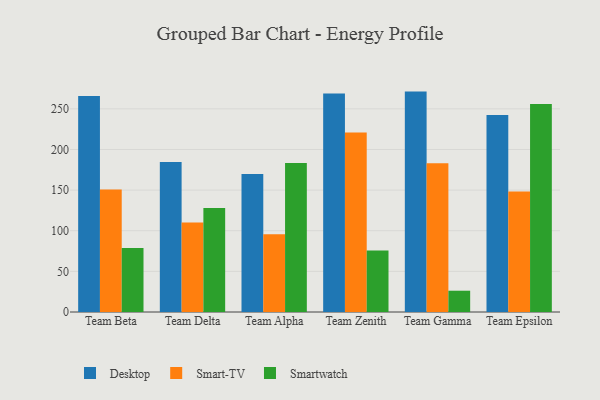
{"axis": {"x": "Team", "y": "Waste Production (Tons)"}, "legend": ["Desktop", "Smart-TV", "Smartwatch"], "data": [{"x": "Team Beta", "y": 265.8, "type": "Desktop"}, {"x": "Team Beta", "y": 150.6, "type": "Smart-TV"}, {"x": "Team Beta", "y": 78.6, "type": "Smartwatch"}, {"x": "Team Delta", "y": 184.7, "type": "Desktop"}, {"x": "Team Delta", "y": 110.0, "type": "Smart-TV"}, {"x": "Team Delta", "y": 128.0, "type": "Smartwatch"}, {"x": "Team Alpha", "y": 169.9, "type": "Desktop"}, {"x": "Team Alpha", "y": 95.6, "type": "Smart-TV"}, {"x": "Team Alpha", "y": 183.4, "type": "Smartwatch"}, {"x": "Team Zenith", "y": 269.0, "type": "Desktop"}, {"x": "Team Zenith", "y": 221.0, "type": "Smart-TV"}, {"x": "Team Zenith", "y": 75.7, "type": "Smartwatch"}, {"x": "Team Gamma", "y": 271.2, "type": "Desktop"}, {"x": "Team Gamma", "y": 183.0, "type": "Smart-TV"}, {"x": "Team Gamma", "y": 26.2, "type": "Smartwatch"}, {"x": "Team Epsilon", "y": 242.5, "type": "Desktop"}, {"x": "Team Epsilon", "y": 148.3, "type": "Smart-TV"}, {"x": "Team Epsilon", "y": 255.9, "type": "Smartwatch"}]}